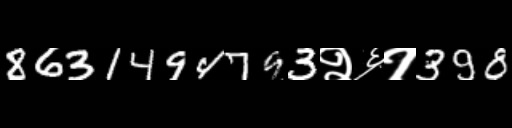
Text: 8631494793२६१398